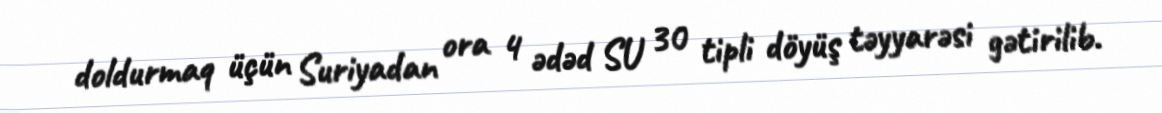
doldurmaq üçün Suriyadan ora 4 ədəd SU 30 tipli döyüş təyyarəsi gətirilib.